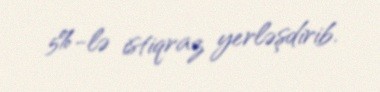
5%-lə istiqraz yerləşdirib.